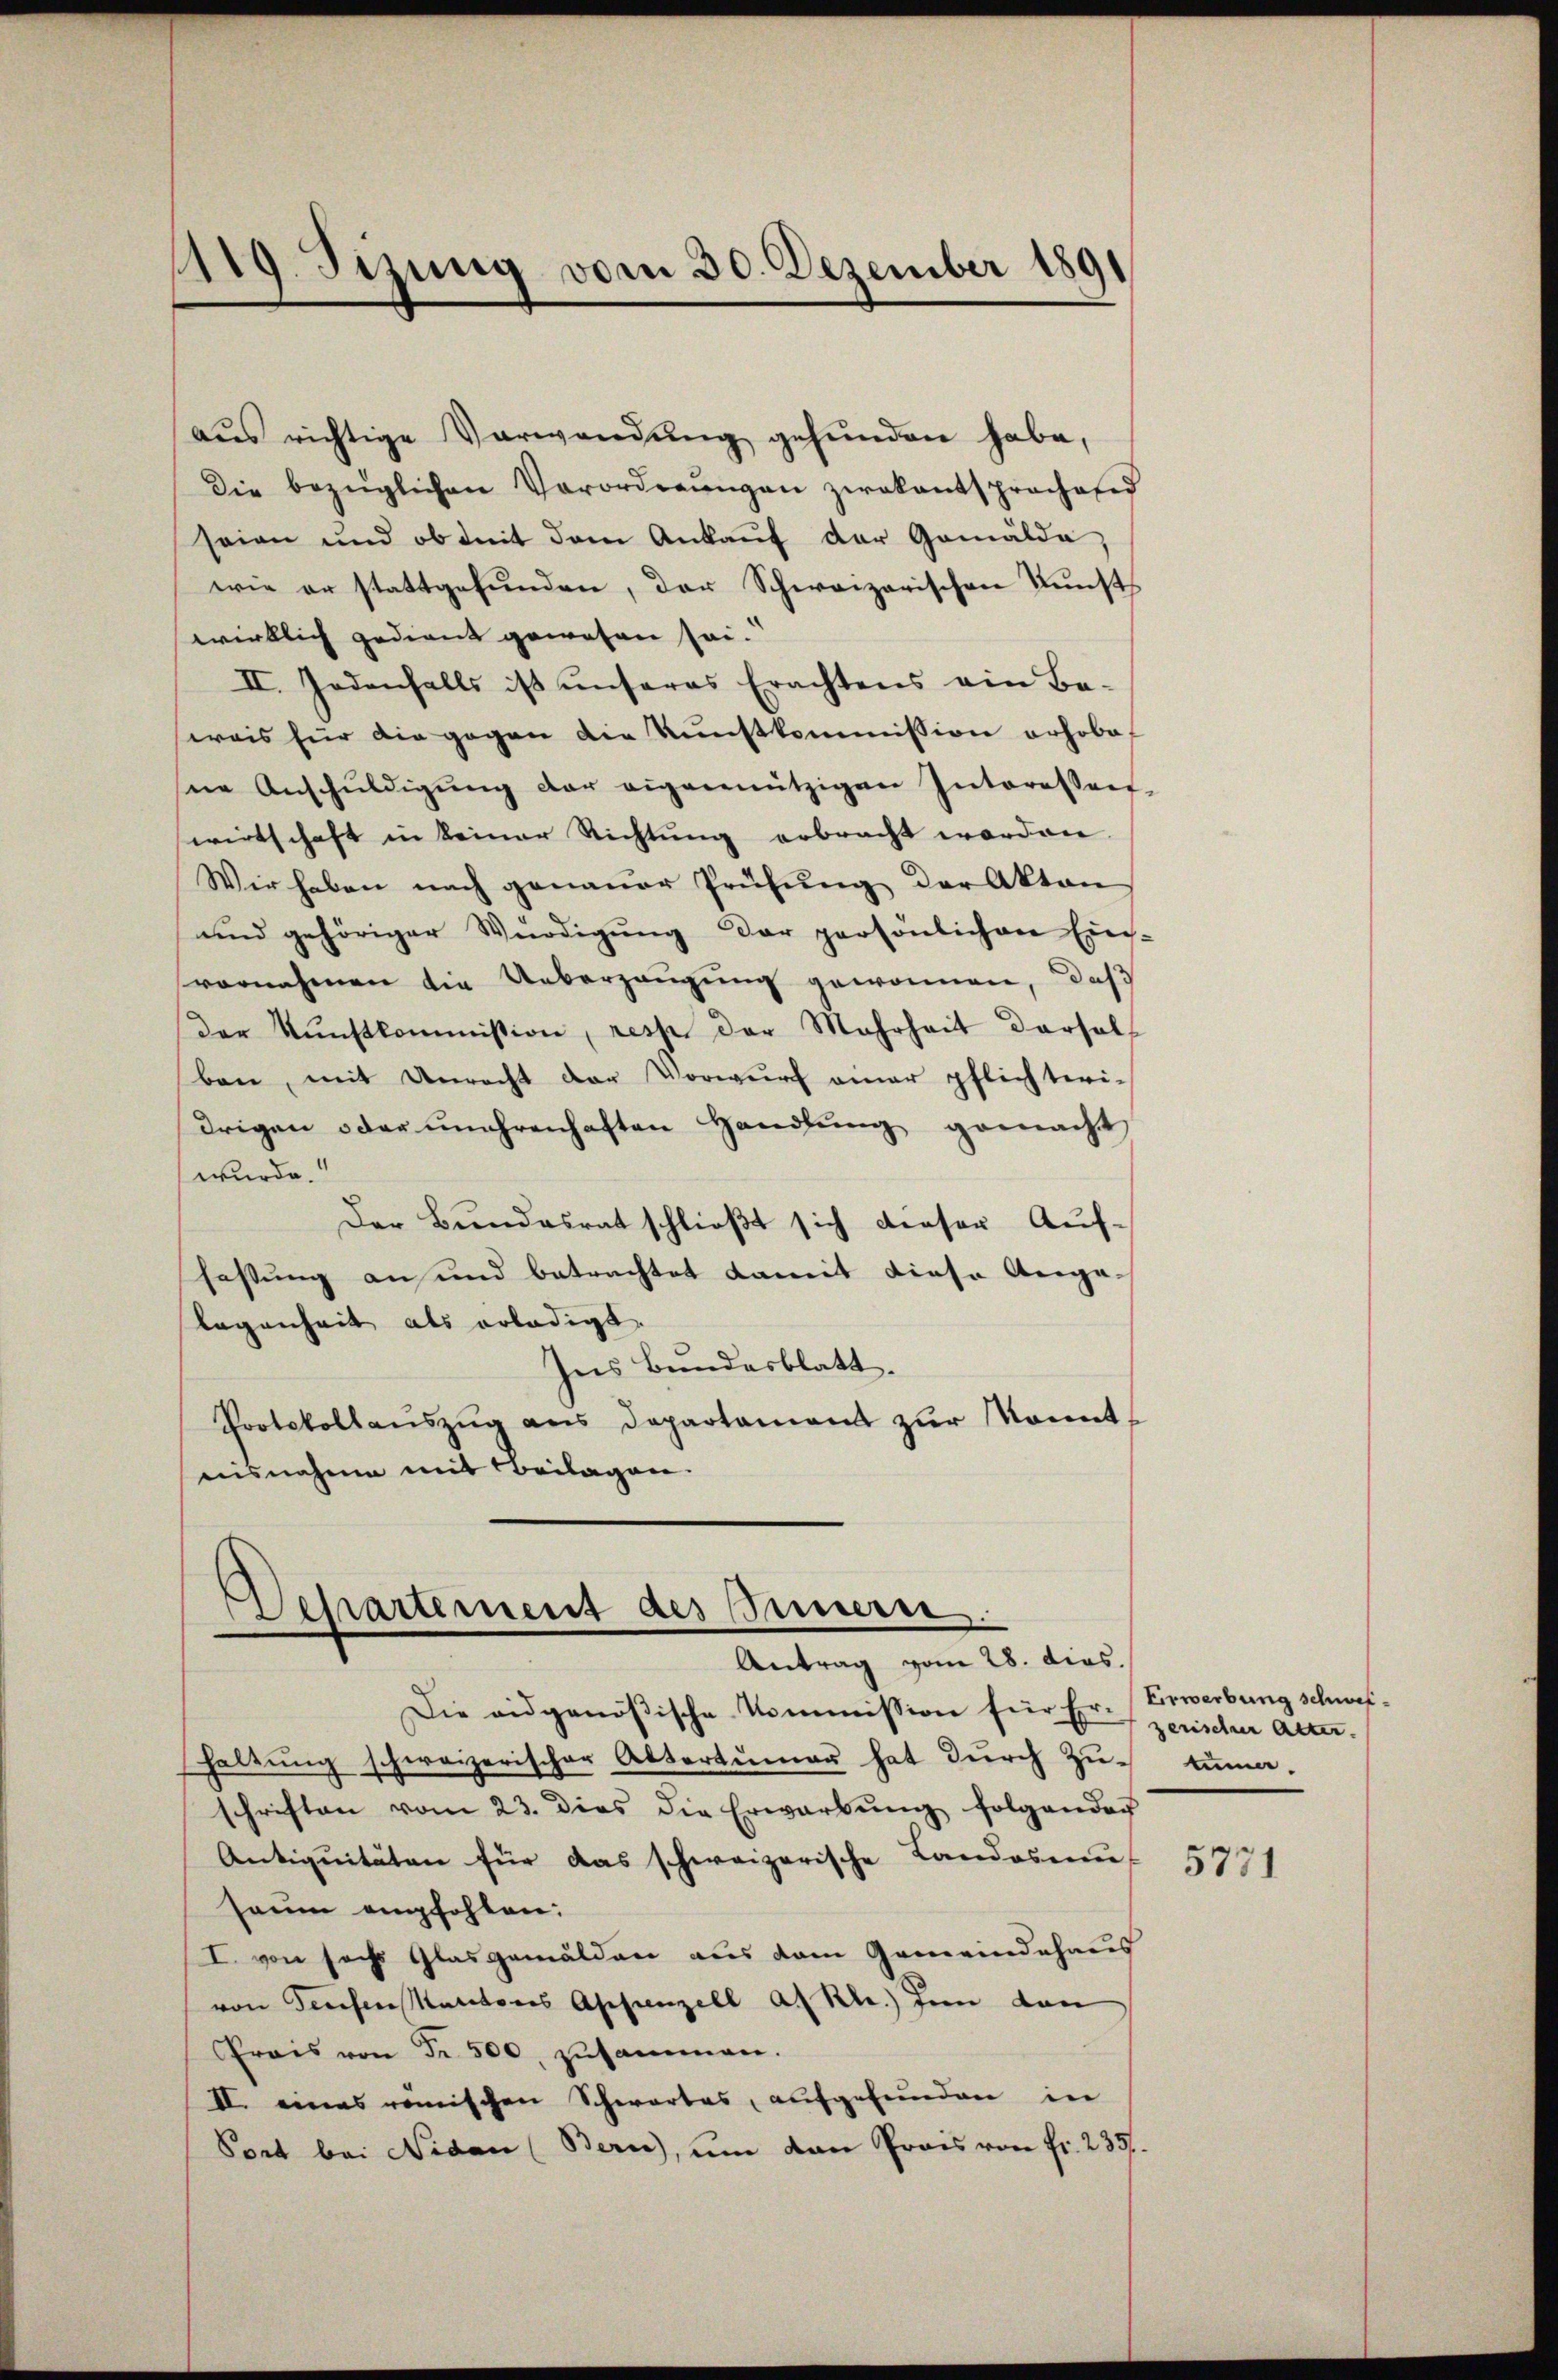
1119. Sizung vom 30. Dezember 1891

aus richtige Verwendung gefunden habe,
Die bezüglichen Verordnŭngen zwakantsprochered
seien und ob mit dem Ankaŭf der Gemälda,
wie er stattgefunden, der Schweizerischen Kunsts
wirklich gedient gewesen sei.
II. Jedenfalls ist unseres Erachtens ein Be-
weis für die gegen die Kunstkommission erhobe
sne Anschŭldigŭng der eigennützigen Interessen-
wirtschaft in keiner Richtung erbracht worden.
Wir haben nach genaŭer Prüfŭng der Akten
und gehöriger Würdigŭng der persönlichen Ein-
vornahmen die Ueberzeugung gewonnen, daß
der Kunstkommission, resp. der Mehrheit dersel
ben, mit Unrecht der Vorwurf einer pflichteri-
drigen oder unehrenhaften Handlung gemacht,
wurde.
Der Bundesrat schließt sich dieser Auffassung an und betrachtet damit diese Angelegenheit als erledigt.
Ins Bundesblatt.
Protokollaŭszŭg ans Departament zŭr konnt
aisnahme mit Beilagen.

Departement des Innern.
Antrag vom 28. dies
Die eidgenößische Kommission für Er- (Erwerbung schwei¬

haltung schweizerischer Altertümer hat durch Zŭ-tuma.
schriften vom 23. dies die Erwarbŭng folgender
Antiquitäten für das schweizerische Landosmu-
seum empfohlen:
I. von sechs Glasgemälden aus dem Gemeindehaus
von Teufen Sanitores Appenzell a. Rh.) In den
rais von Fr. 500. zusammen.
II. eines römischen Schwartes, aufgefunden in
Port bei Nidau (Bern), ŭm dan Preis von fr. 235.

zerischer Alter.

5771